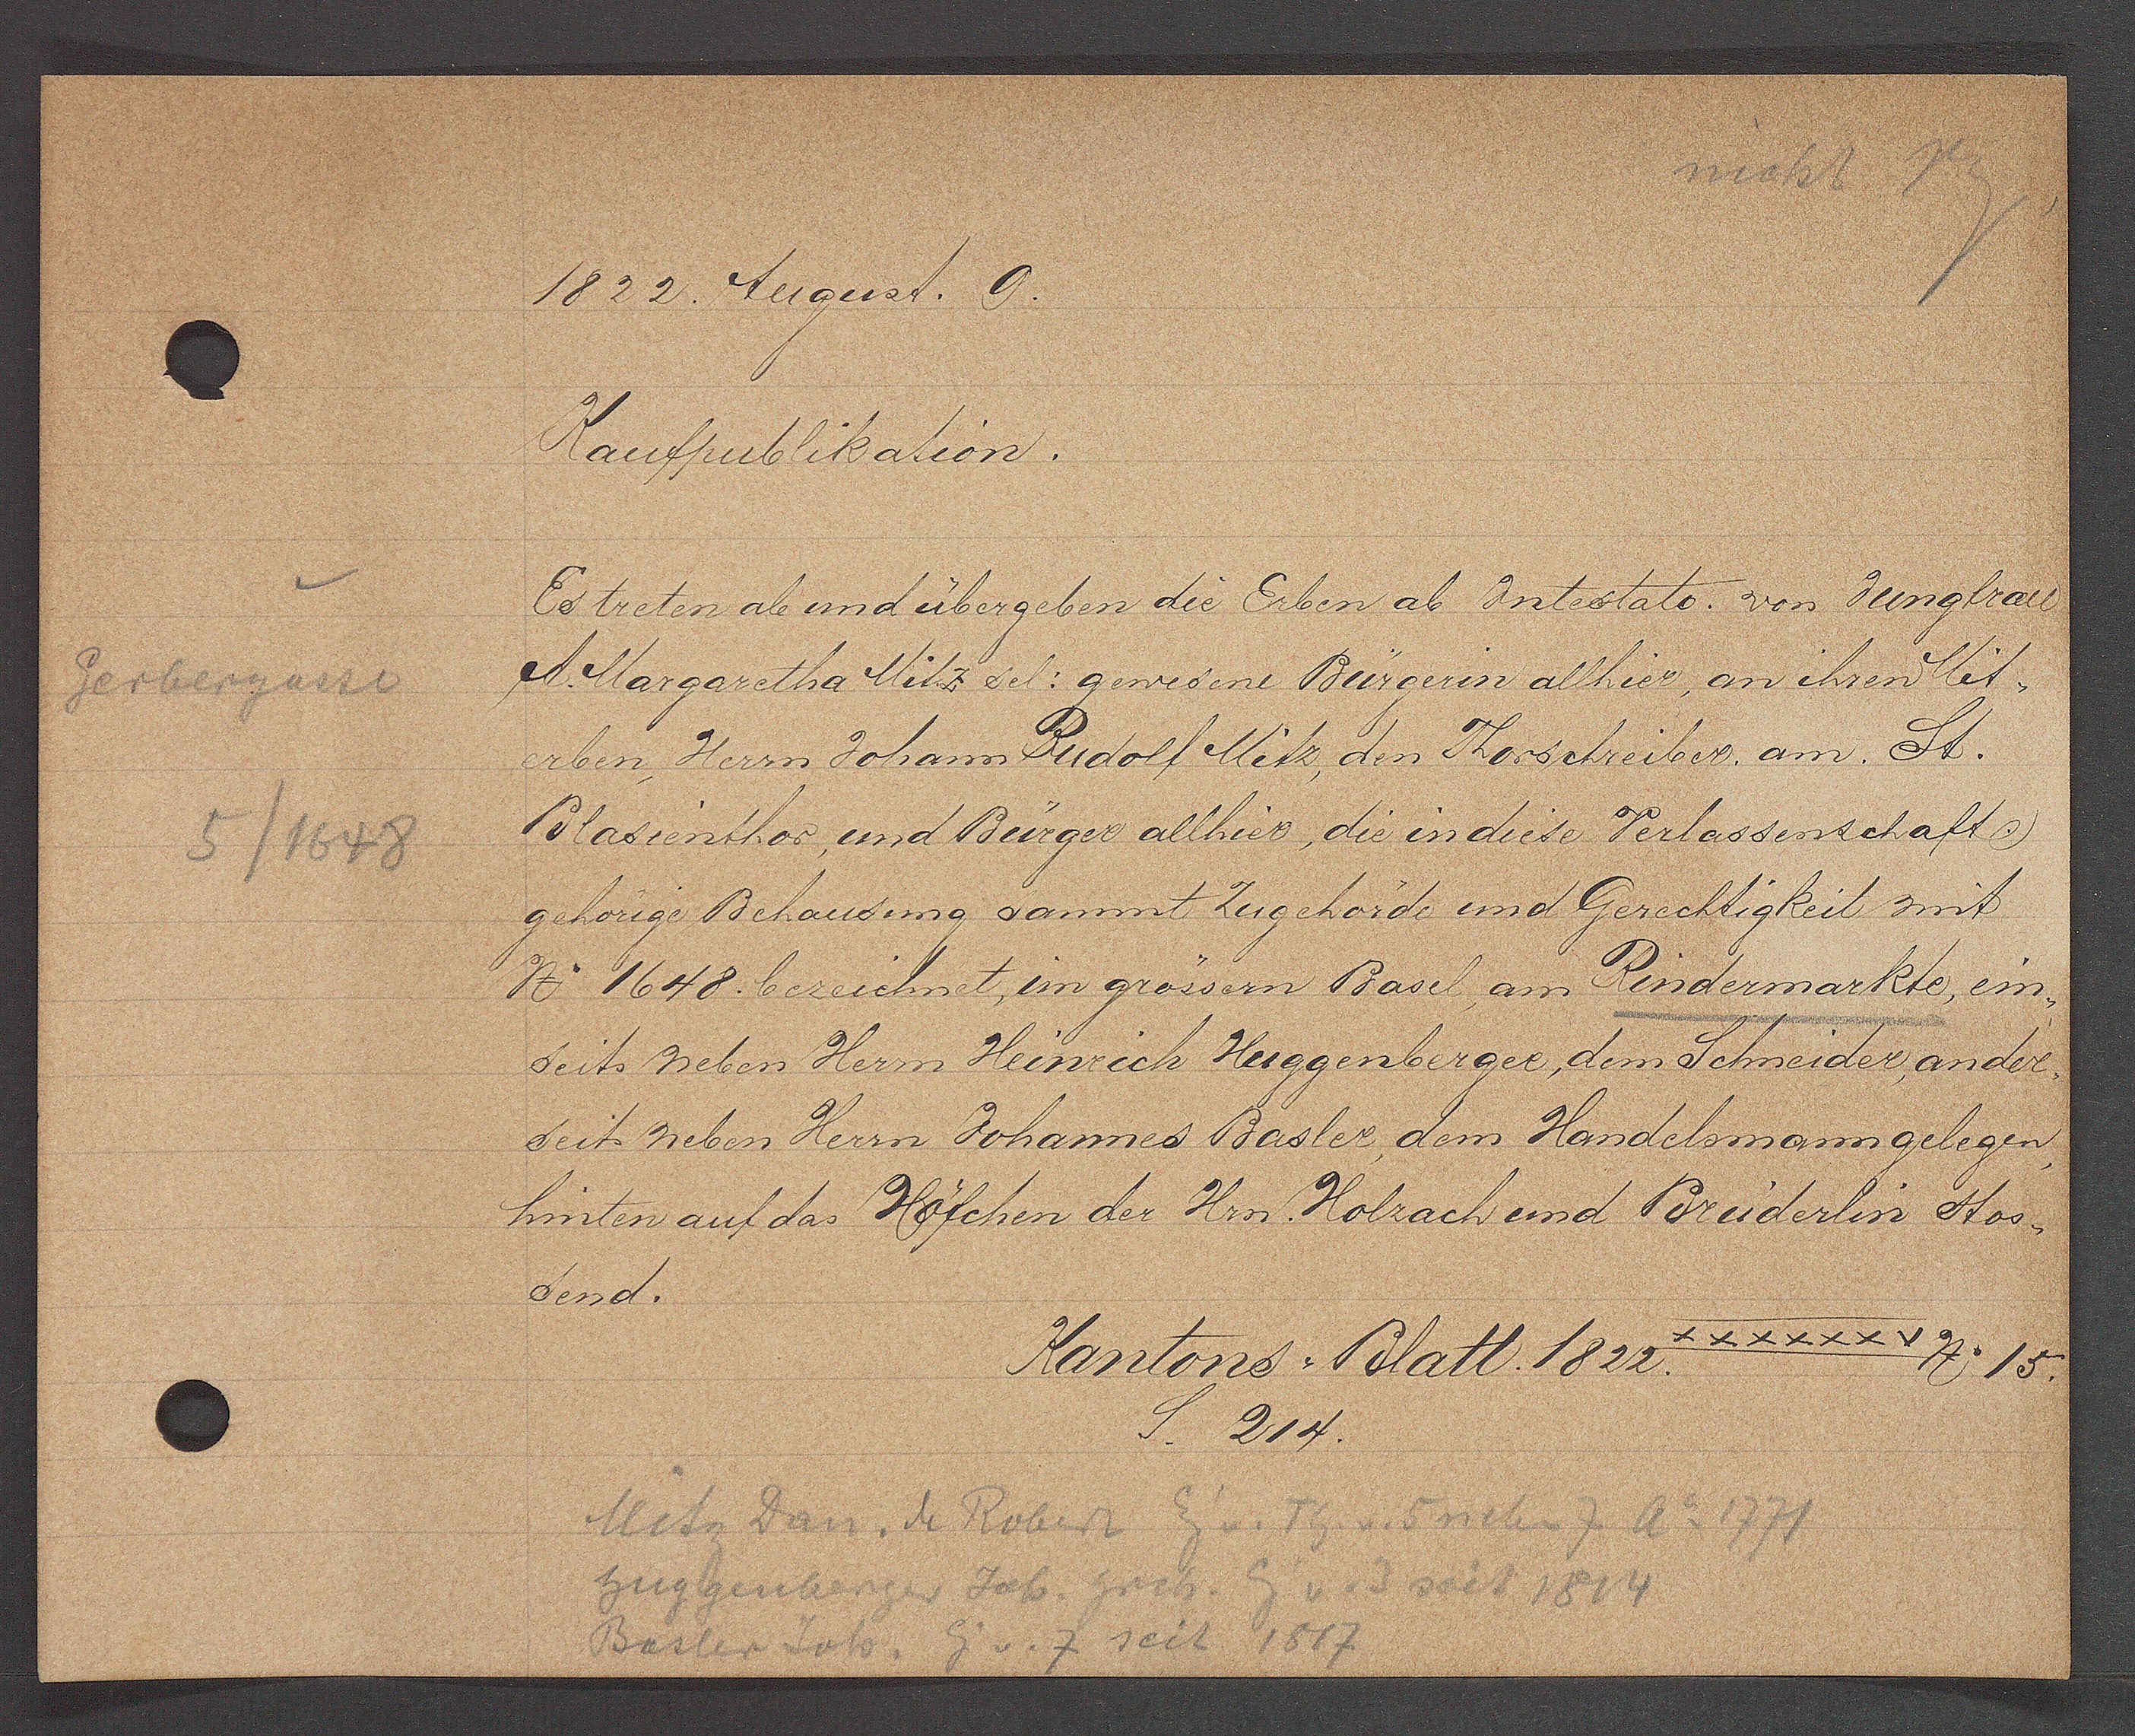
Transcript:
Gerbergasse
5/1648

1822. August. 9.

Kaufpublikation.
Es treten ab und übergeben die Erben ab Jntestato. von Jungfrau
s. Margaretha Mitz sel. gewesene Bürgerin allhier, an ihren Mit¬
erben, Herrn Johann Rudolf Mitz, den Thorschreiber, am St.
Blasienthor, und Bürger allhier, die in diese Verlassenschaft
gehörige Behausung sammt Zugehörde und Gerechtigkeit mit
No 1648 bezeichnet, im grössern Basel, am Rindermarkte, ein¬
seits neben Herrn Heinrich Huggenberger, dem Schneider, ander¬
seit neben Herrn Johannes Basler, dem Handelsmann gelegen,
hinten auf das Höfchen der Hrn. Holzach und Brüderlin stos¬
send.

XXXXXXV
Kantons. Blatt. 1822.
No 15.
S. 214.

Mitz Dan. M Robert Eig v. Th. v. 5 neben 7 ao 1771
huggenberger Joh. hrch. Eig v. 3 seit 1814
1817
Eig v. 7 seit
Basler Joh.